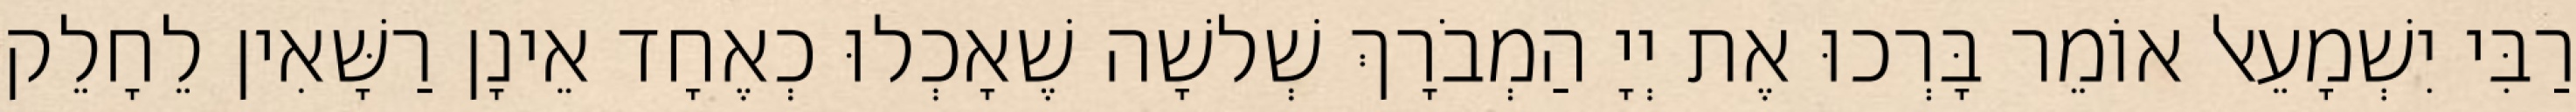
רַבִּי יִשְׁמָעֵאל אוֹמֵר בָּרְכוּ אֶת יְיָ הַמְבֹרָךְ שְׁלשָׁה שֶׁאָכְלוּ כְאֶחָד אֵינָן רַשָּׁאִין לֵחָלֵק